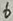
Text: 6